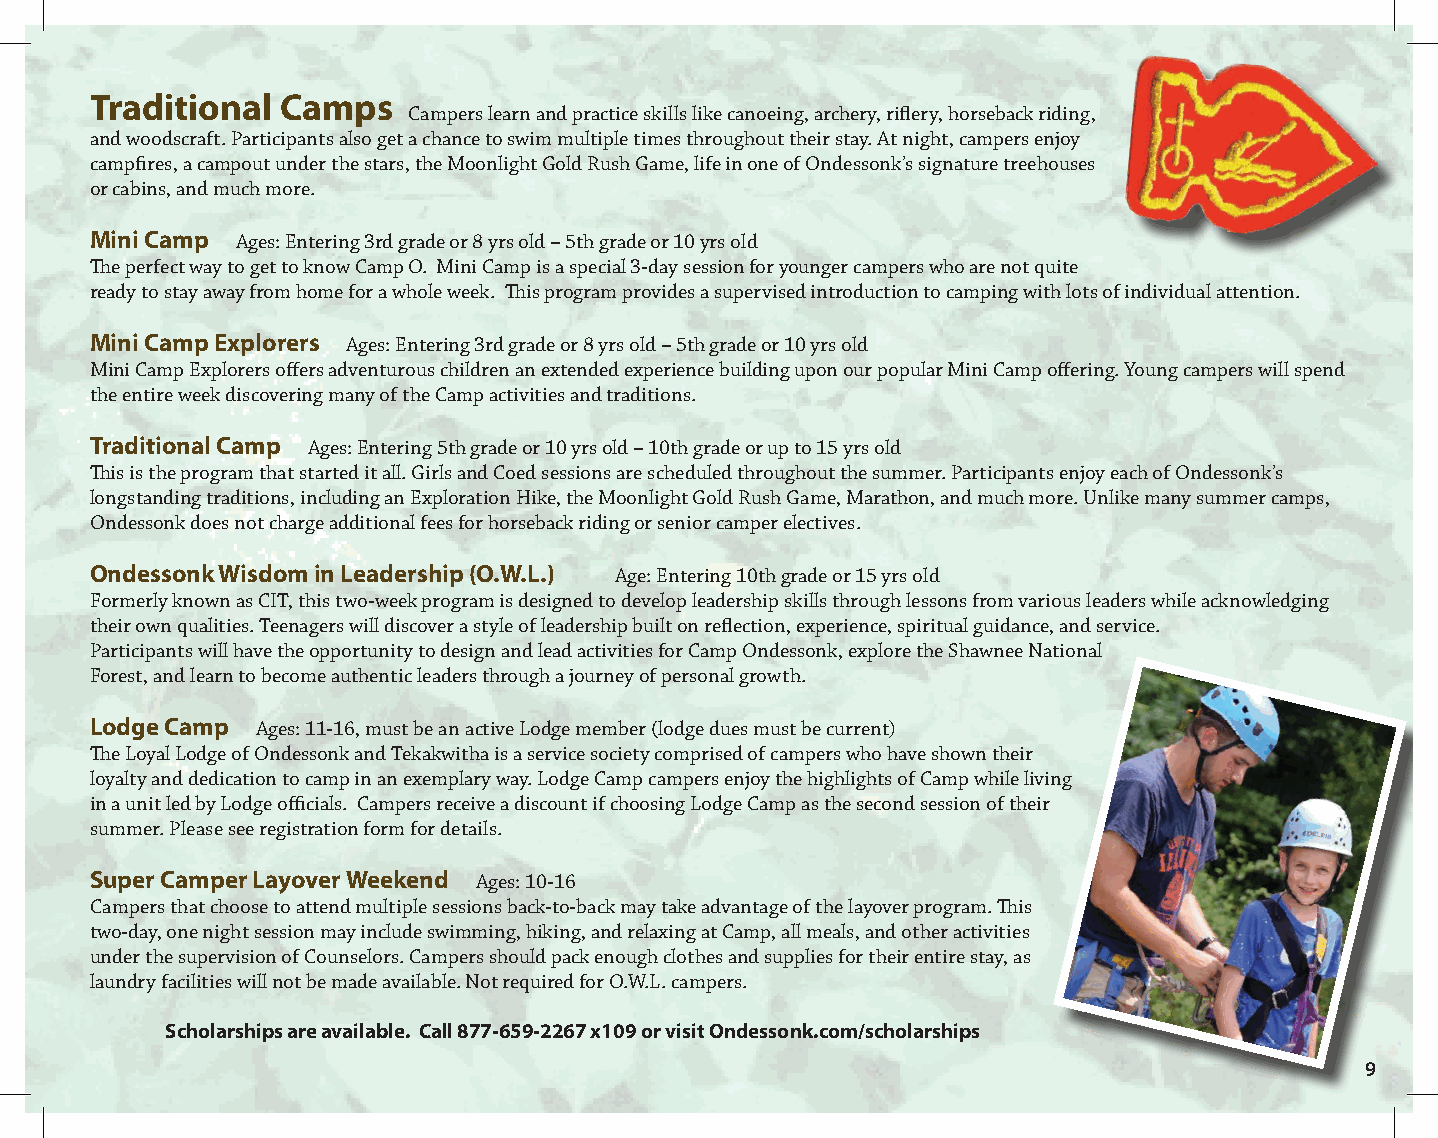
Traditional  Camps
 Campers learn and practice skills like canoeing, archery, riflery, horseback riding,
 and woodscraft. Participants also get a chance to swim multiple times throughout their stay. At night, campers enjoy
 campfires, a campout under the stars, the Moonlight Gold Rush Game, life in one of Ondessonk’s signature treehouses
 or cabins, and much more.
 Mini Camp Ages: Entering 3rd grade or 8 yrs old – 5th grade or 10 yrs old
 The perfect way to get to know Camp O. Mini Camp is a special 3-day session for younger campers who are not quite
 ready to stay away from home for a whole week. This program provides a supervised introduction to camping with lots of individual attention.
 Mini Camp Explorers Ages: Entering 3rd grade or 8 yrs old – 5th grade or 10 yrs old
 Mini Camp Explorers offers adventurous children an extended experience building upon our popular Mini Camp offering. Young campers will spend
 the entire week discovering many of the Camp activities and traditions.
 Traditional Camp Ages: Entering 5th grade or 10 yrs old – 10th grade or up to 15 yrs old
 This is the program that started it all. Girls and Coed sessions are scheduled throughout the summer. Participants enjoy each of Ondessonk’s
 longstanding traditions, including an Exploration Hike, the Moonlight Gold Rush Game, Marathon, and much more. Unlike many summer camps,
 Ondessonk does not charge additional fees for horseback riding or senior camper electives.
 Ondessonk Wisdom in Leadership (O.W.L.) Age: Entering 10th grade or 15 yrs old
 Formerly known as CIT, this two-week program is designed to develop leadership skills through lessons from various leaders while acknowledging
 their own qualities. Teenagers will discover a style of leadership built on reflection, experience, spiritual guidance, and service.
 Participants will have the opportunity to design and lead activities for Camp Ondessonk, explore the Shawnee National
 Forest, and learn to become authentic leaders through a journey of personal growth.
 Lodge Camp Ages: 11-16, must be an active Lodge member (lodge dues must be current)
 The Loyal Lodge of Ondessonk and Tekakwitha is a service society comprised of campers who have shown their
 loyalty and dedication to camp in an exemplary way. Lodge Camp campers enjoy the highlights of Camp while living
 in a unit led by Lodge officials. Campers receive a discount if choosing Lodge Camp as the second session of their
 summer. Please see registration form for details.
 Super Camper Layover Weekend Ages: 10-16
 Campers that choose to attend multiple sessions back-to-back may take advantage of the layover program. This
 two-day, one night session may include swimming, hiking, and relaxing at Camp, all meals, and other activities
 under the supervision of Counselors. Campers should pack enough clothes and supplies for their entire stay, as
 laundry facilities will not be made available. Not required for O.W.L. campers.
 Scholarships are available. Call 877-659-2267 x109 or visit Ondessonk.com/scholarships
 9